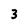
Character: 3